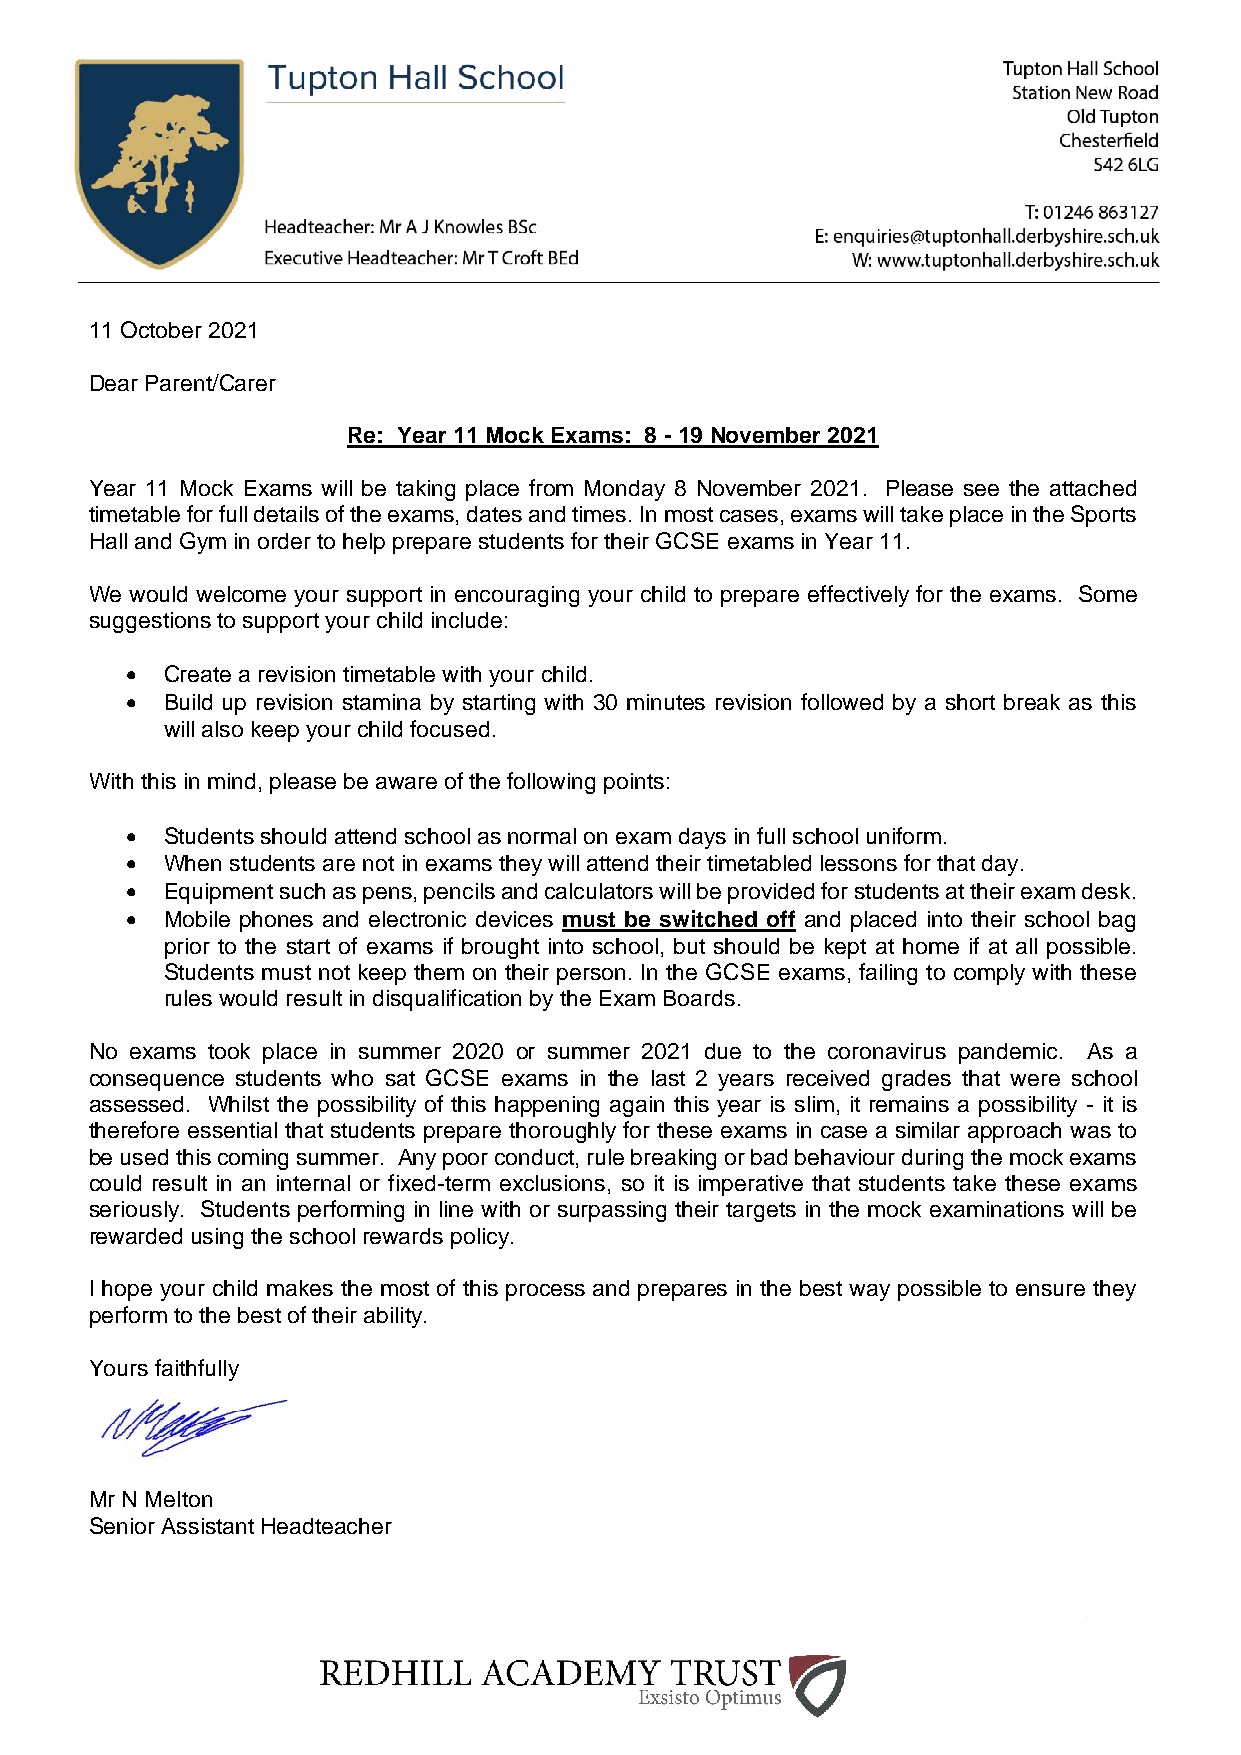
11 October 2021
 Dear Parent/Carer
 Re: Year 11 Mock Exams: 8 - 19 November 2021
 Year 11 Mock Exams will be taking place from Monday 8 November 2021. Please see the attached
 timetable for full details of the exams, dates and times. In most cases, exams will take place in the Sports
 Hall and Gym in order to help prepare students for their GCSE exams in Year 11.
 We would welcome your support in encouraging your child to prepare effectively for the exams. Some
 suggestions to support your child include:
 •  Create a revision timetable with your child.
 •  Build up revision stamina by starting with 30 minutes revision followed by a short break as this
 will also keep your child focused.
 With this in mind, please be aware of the following points:
 •  Students should attend school as normal on exam days in full school uniform.
 •  When students are not in exams they will attend their timetabled lessons for that day.
 •  Equipment such as pens, pencils and calculators will be provided for students at their exam desk.
 •  Mobile phones and electronic devices must be switched off and placed into their school bag
 prior to the start of exams if brought into school, but should be kept at home if at all possible.
 Students must not keep them on their person. In the GCSE exams, failing to comply with these
 rules would result in disqualification by the Exam Boards.
 No exams took place in summer 2020 or summer 2021 due to the coronavirus pandemic. As a
 consequence students who sat GCSE exams in the last 2 years received grades that were school
 assessed. Whilst the possibility of this happening again this year is slim, it remains a possibility - it is
 therefore essential that students prepare thoroughly for these exams in case a similar approach was to
 be used this coming summer. Any poor conduct, rule breaking or bad behaviour during the mock exams
 could result in an internal or fixed-term exclusions, so it is imperative that students take these exams
 seriously. Students performing in line with or surpassing their targets in the mock examinations will be
 rewarded using the school rewards policy.
 I hope your child makes the most of this process and prepares in the best way possible to ensure they
 perform to the best of their ability.
 Yours faithfully
 Mr N Melton
 Senior Assistant Headteacher